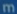
m